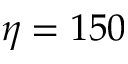
\eta = 1 5 0